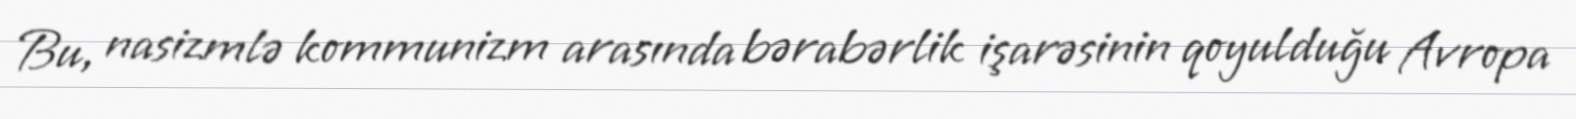
Bu, nasizmlə kommunizm arasında bərabərlik işarəsinin qoyulduğu Avropa